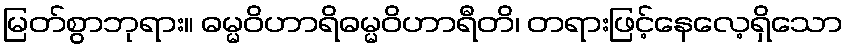
မြတ်စွာဘုရား။ ဓမ္မဝိဟာရိဓမ္မဝိဟာရီတိ၊ တရားဖြင့်နေလေ့ရှိသော